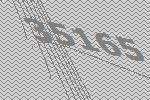
35165